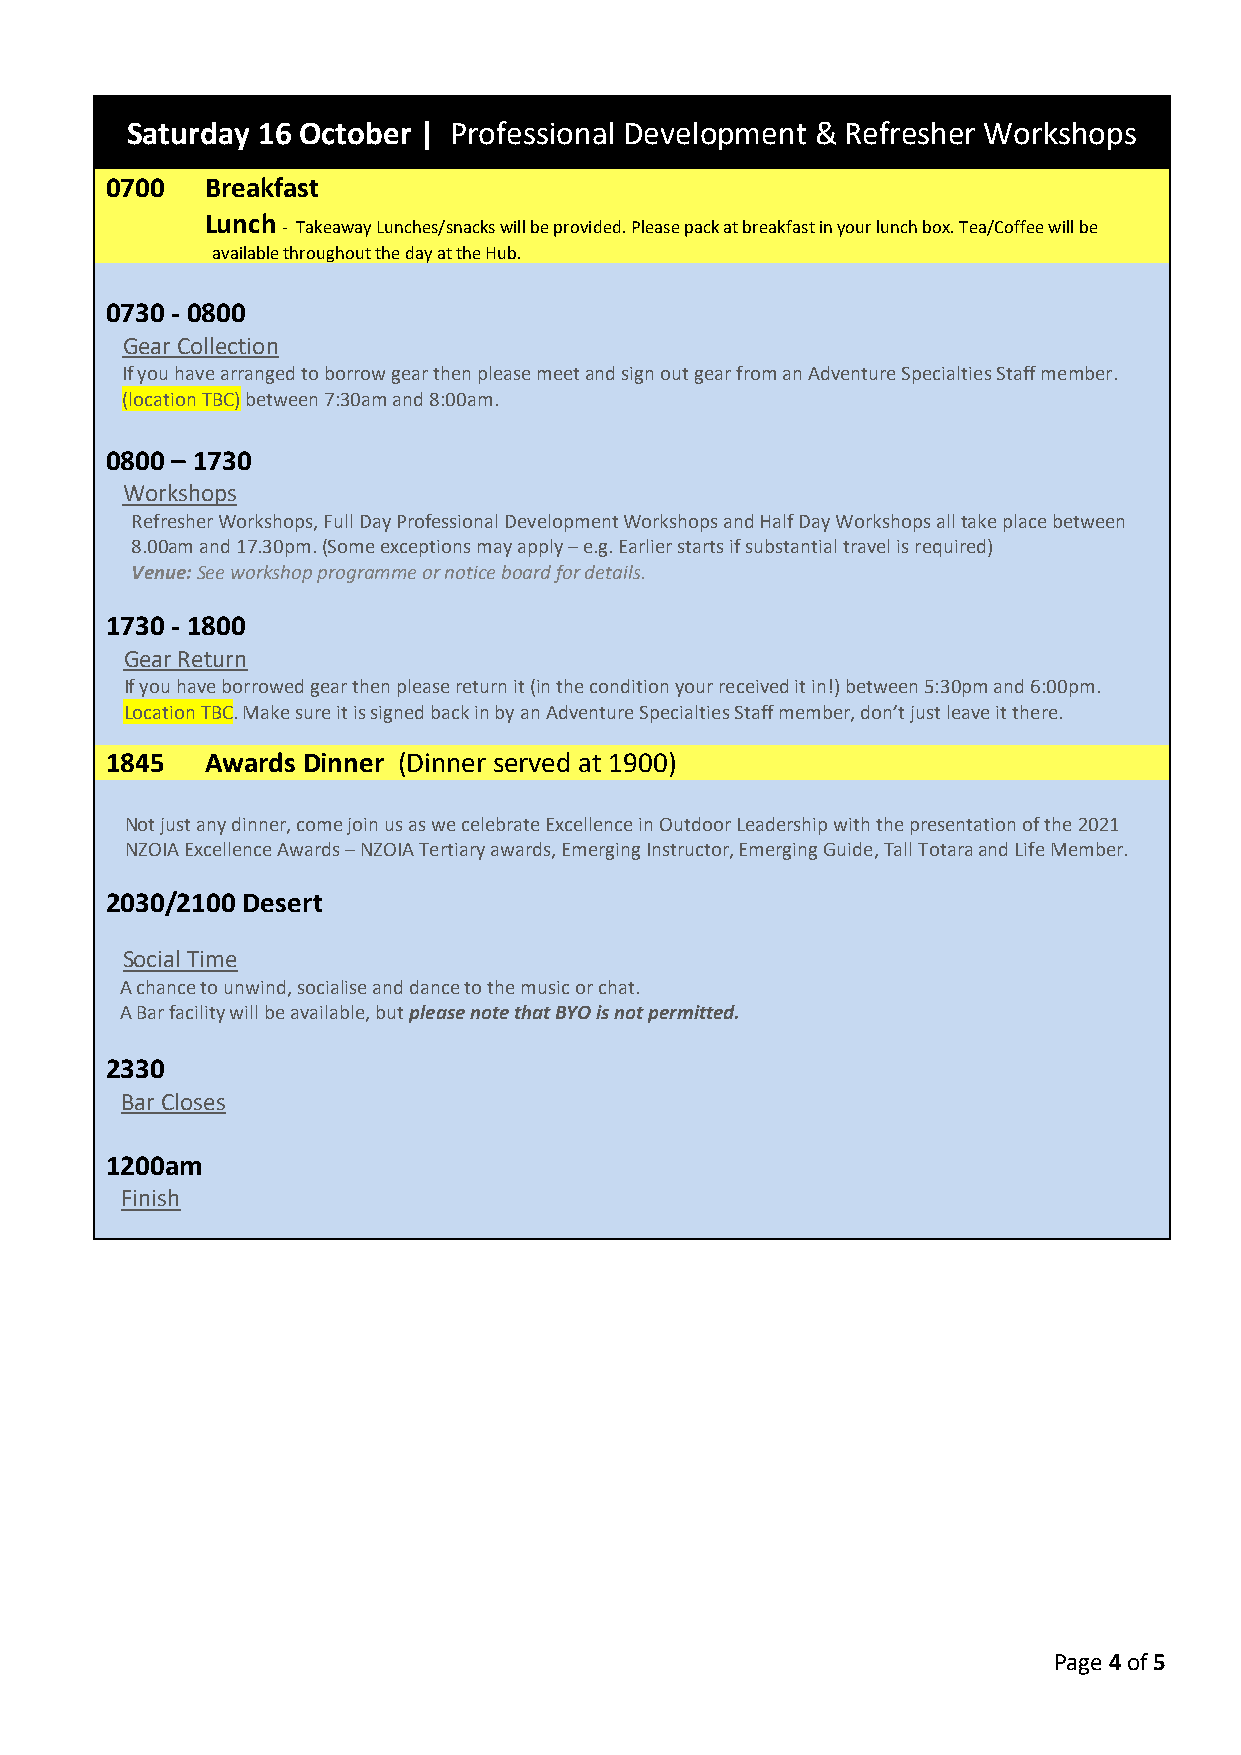
Saturday 16 October | Professional Development & Refresher Workshops
 0700   Breakfast
 Lunch
 - Takeaway Lunches/snacks will be provided. Please pack at breakfast in your lunch box. Tea/Coffee will be
 available throughout the day at the Hub.
 0730 - 0800
 Gear Collection
 If you have arranged to borrow gear then please meet and sign out gear from an Adventure Specialties Staff member.
 (location TBC) between 7:30am and 8:00am.
 0800 – 1730
 Workshops
 Refresher Workshops, Full Day Professional Development Workshops and Half Day Workshops all take place between
 8.00am and 17.30pm. (Some exceptions may apply – e.g. Earlier starts if substantial travel is required)
 Venue: See workshop programme or notice board for details.
 1730 - 1800
 Gear Return
 If you have borrowed gear then please return it (in the condition your received it in!) between 5:30pm and 6:00pm.
 Location TBC. Make sure it is signed back in by an Adventure Specialties Staff member, don’t just leave it there.
 1845   Awards Dinner (Dinner served at 1900)
 Not just any dinner, come join us as we celebrate Excellence in Outdoor Leadership with the presentation of the 2021
 NZOIA Excellence Awards – NZOIA Tertiary awards, Emerging Instructor, Emerging Guide, Tall Totara and Life Member.
 2030/2100 Desert
 Social Time
 A chance to unwind, socialise and dance to the music or chat.
 A Bar facility will be available, but please note that BYO is not permitted.
 2330
 Bar Closes
 1200am
 Finish
 Page 4 of 5